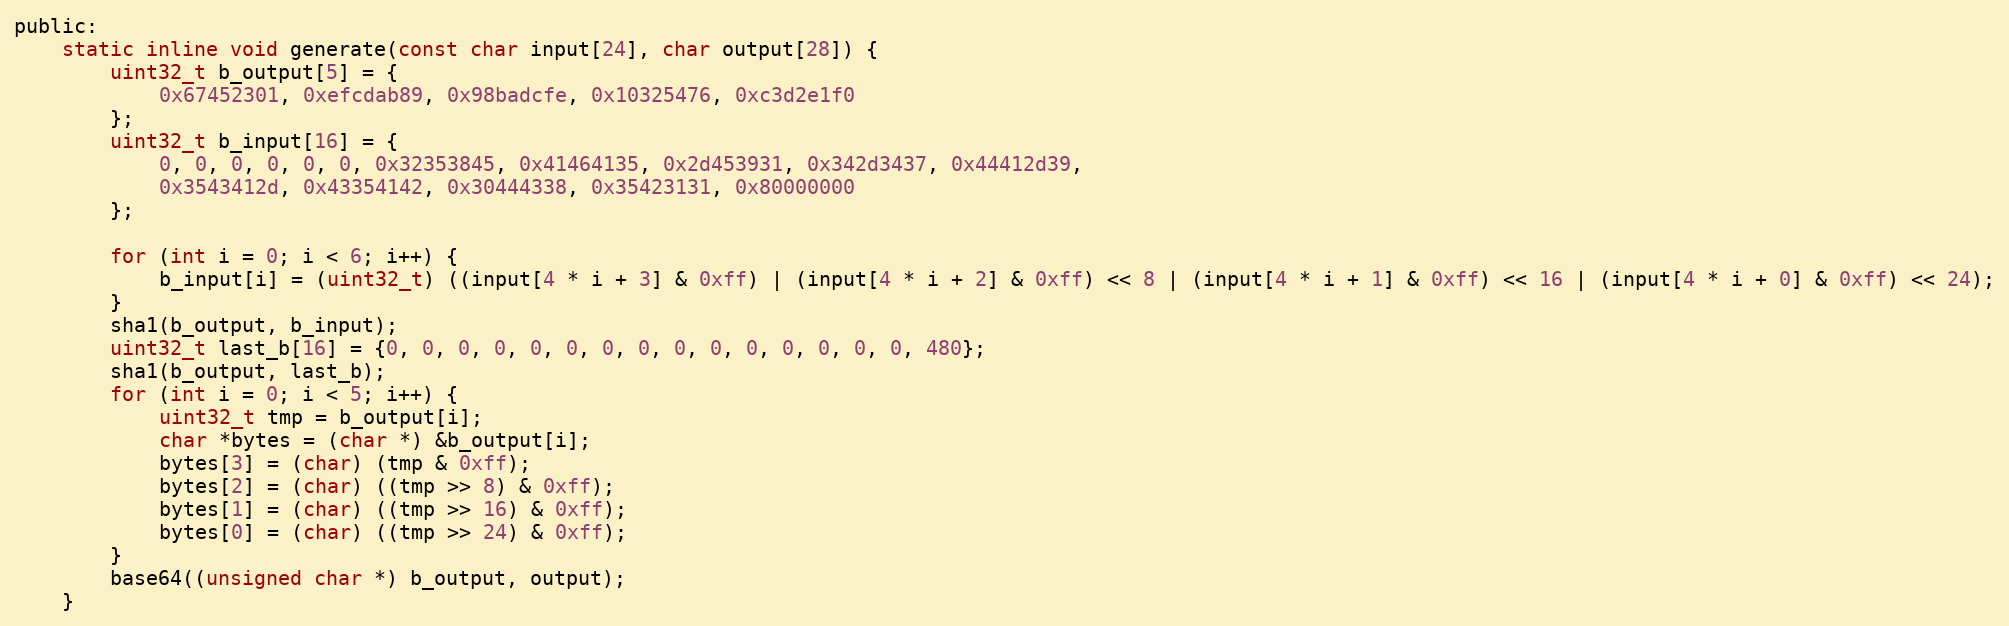
Language: C
public:
    static inline void generate(const char input[24], char output[28]) {
        uint32_t b_output[5] = {
            0x67452301, 0xefcdab89, 0x98badcfe, 0x10325476, 0xc3d2e1f0
        };
        uint32_t b_input[16] = {
            0, 0, 0, 0, 0, 0, 0x32353845, 0x41464135, 0x2d453931, 0x342d3437, 0x44412d39,
            0x3543412d, 0x43354142, 0x30444338, 0x35423131, 0x80000000
        };

        for (int i = 0; i < 6; i++) {
            b_input[i] = (uint32_t) ((input[4 * i + 3] & 0xff) | (input[4 * i + 2] & 0xff) << 8 | (input[4 * i + 1] & 0xff) << 16 | (input[4 * i + 0] & 0xff) << 24);
        }
        sha1(b_output, b_input);
        uint32_t last_b[16] = {0, 0, 0, 0, 0, 0, 0, 0, 0, 0, 0, 0, 0, 0, 0, 480};
        sha1(b_output, last_b);
        for (int i = 0; i < 5; i++) {
            uint32_t tmp = b_output[i];
            char *bytes = (char *) &b_output[i];
            bytes[3] = (char) (tmp & 0xff);
            bytes[2] = (char) ((tmp >> 8) & 0xff);
            bytes[1] = (char) ((tmp >> 16) & 0xff);
            bytes[0] = (char) ((tmp >> 24) & 0xff);
        }
        base64((unsigned char *) b_output, output);
    }